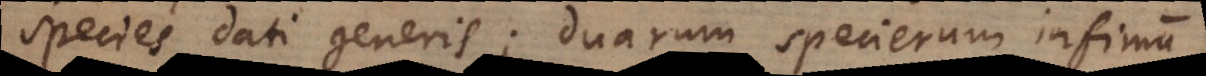
species dati generis; duarum specierum infimum